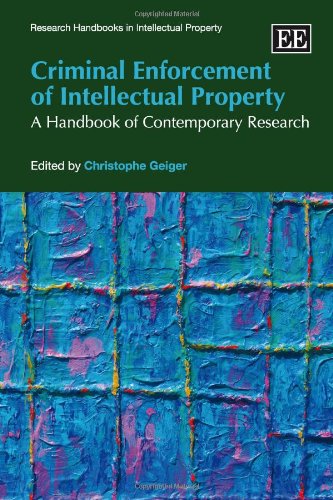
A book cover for Criminal Enforcement of Intellectual Property: A Handbook of Contemporary Research (Research Handbooks in Intellectual Property); Christophe Geiger; Law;